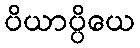
ပိယာပ္ပိယေ